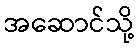
အဆောင်သို့